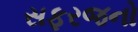
સફરજનો